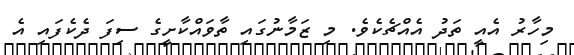
މިހާރު އެއީ ތަދު އެއްޗެކެވެ. މި ޒަމާނުގައި ތާވައްކާށީގެ ސިފަ ދެކެފައި އެ